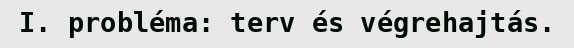
I. probléma: terv és végrehajtás.